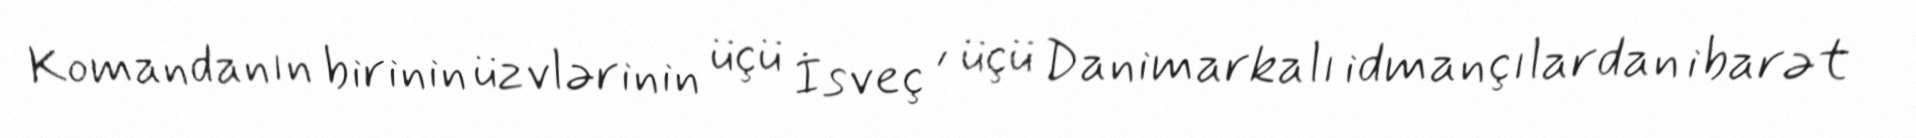
Komandanın birinin üzvlərinin üçü İsveç , üçü Danimarkalı idmançılardan ibarət